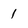
Character: 1